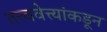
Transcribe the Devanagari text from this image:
तत्त्ववेत्त्यांकडून